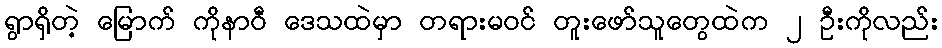
ရွာရှိတဲ့ မြောက် ကိုနာဝီ ဒေသထဲမှာ တရားမဝင် တူးဖော်သူတွေထဲက ၂ ဦးကိုလည်း